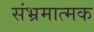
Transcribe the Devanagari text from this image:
संभ्रमात्मक